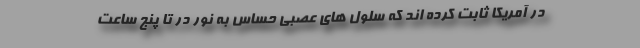
در آمریکا ثابت کرده اند که سلول های عصبی حساس به نور در تا پنج ساعت